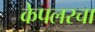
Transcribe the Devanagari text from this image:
केपलरचा